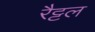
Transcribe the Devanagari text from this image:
रैट्टल